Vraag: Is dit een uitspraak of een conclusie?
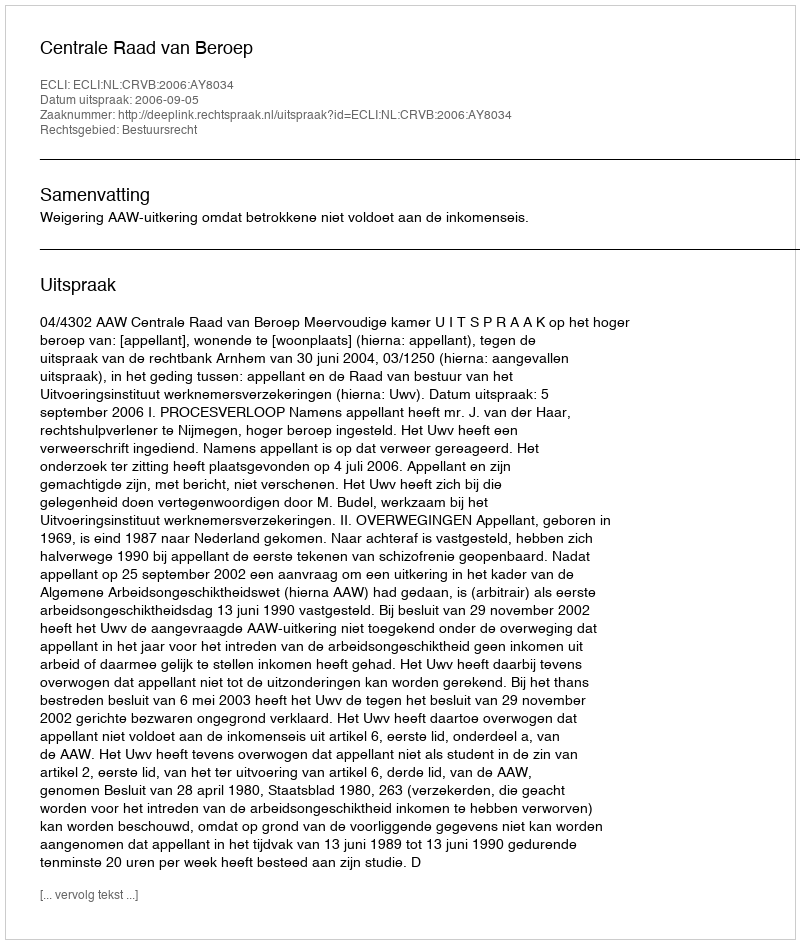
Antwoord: Uitspraak